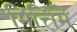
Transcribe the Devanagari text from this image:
मित्तिमे